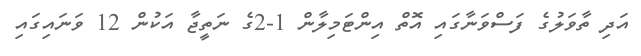
އަދި ތާވަލުގެ ފަސްވަނާގައި އޮތް އިންޓަމިލާން 1-2ގެ ނަތީޖާ އަކުން 12 ވަނައިގައި